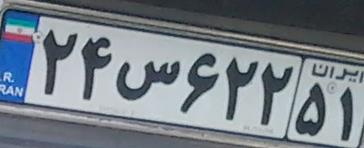
۲۴س۶۲۲۵۱